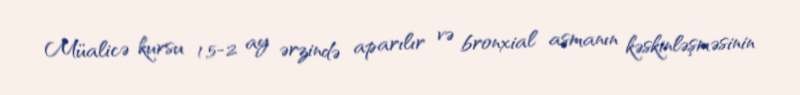
Müalicə kursu 1,5-2 ay ərzində aparılır və bronxial asmanın kəskinləşməsinin